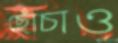
ছোঁচাও